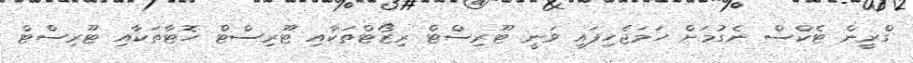
ގްރީން ޓެކްސް ނެގުމަށް ހަމަޖެހިފައި ވަނީ ޓޫރިސްޓް ރިޒޯޓްތަކާއި ޓޫރިސްޓް ހޮޓާތަކާއި ޓޫރިސްޓް